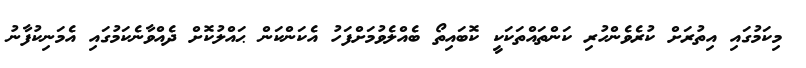
މިކަމުގައި އިތުރަށް ކުރެވެންހުރި ކަންތައްތަކަކީ ކޮބައިތޯ ބެއްލެވުމަށްފަހު އެކަންކަން ޙައްލުކޮށް ދެއްވާނެކަމުގައި އެމަނިކުފާނު